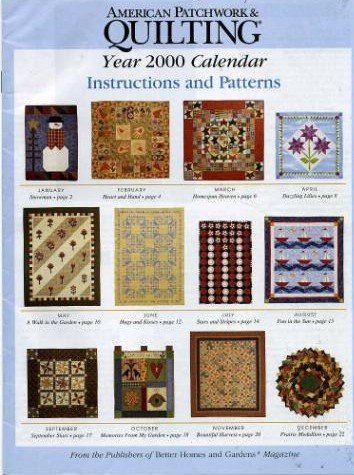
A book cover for American Patchwork & Quilting: Year 2000 Calendar (Better Homes and Gardens); Calendars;